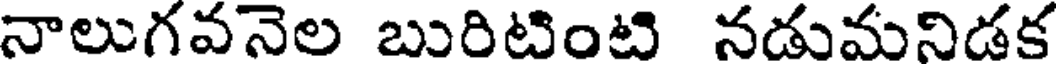
నాలుగవనెల బురిటింటి నడుమనిడక